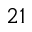
^ { 2 1 }